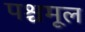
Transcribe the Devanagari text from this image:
पश्चमूल